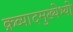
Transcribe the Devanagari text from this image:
क्रव्यादमुख्येभ्यो